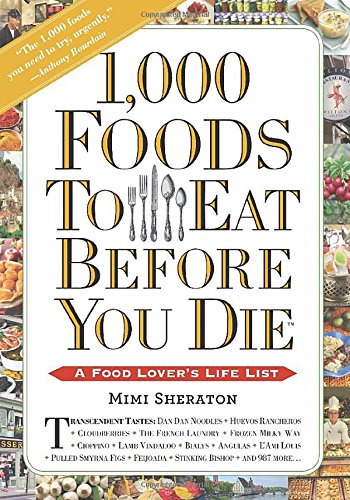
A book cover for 1,000 Foods To Eat Before You Die: A Food Lover's Life List; Mimi Sheraton; Travel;